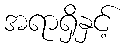
အရာရှိနှင့်